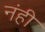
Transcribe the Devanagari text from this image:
नंही